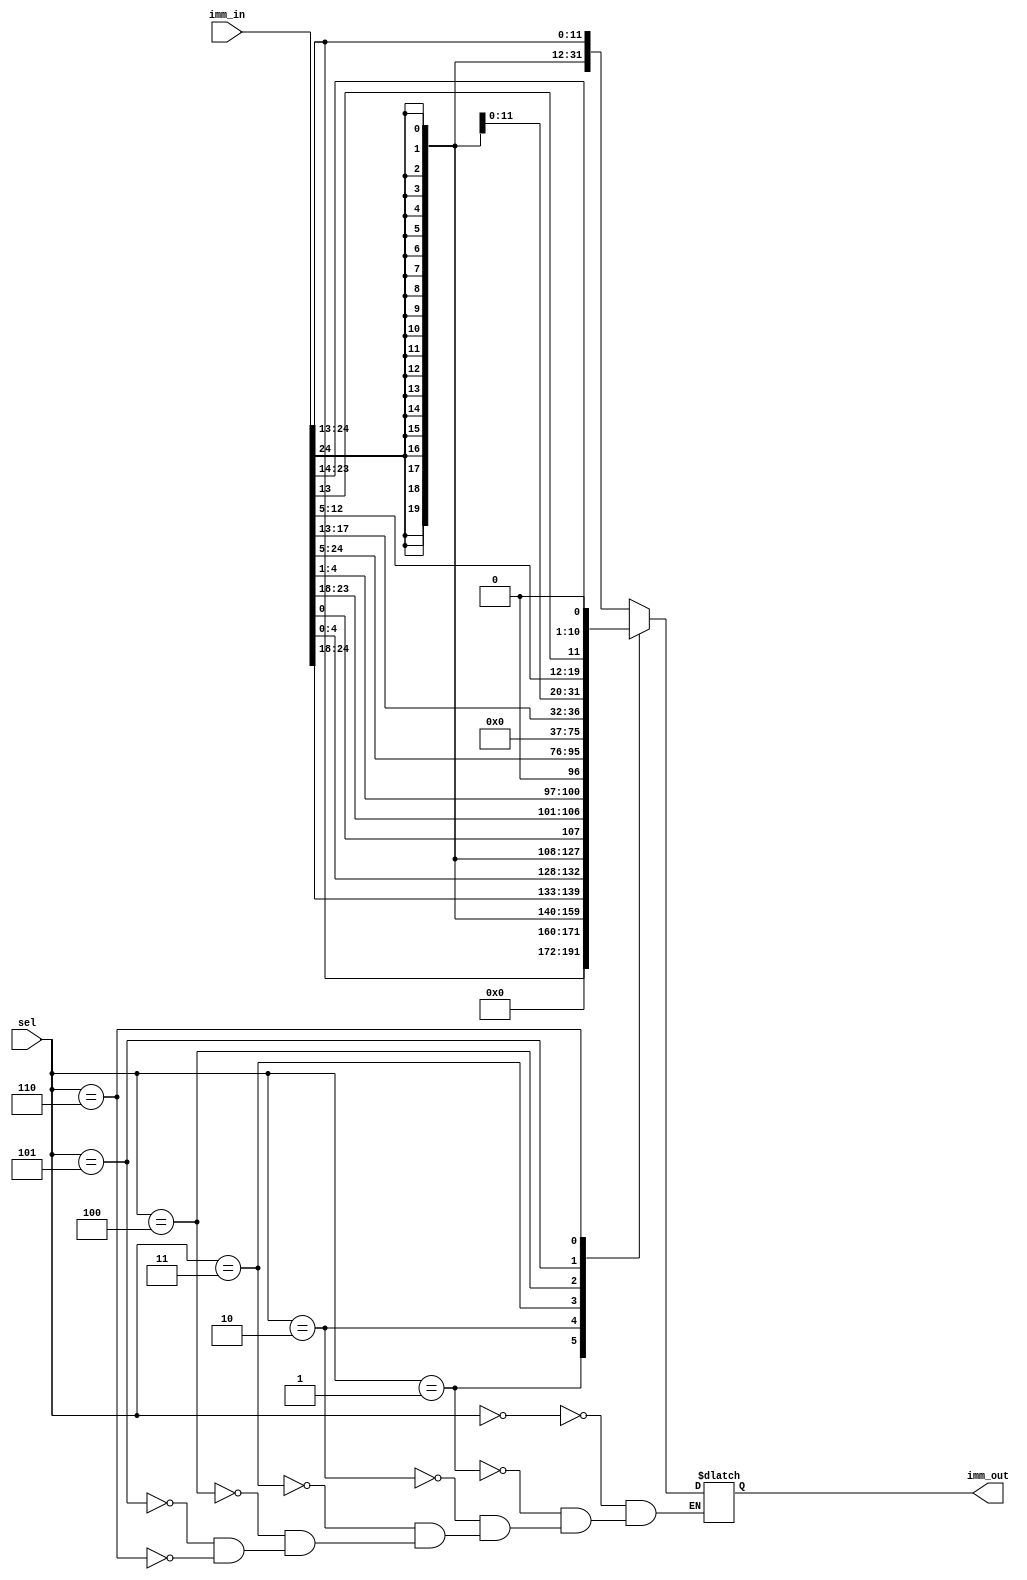
module ImmGen(imm_in, sel, imm_out);
input [24:0] imm_in;
input [2:0] sel;
output [31:0] imm_out;

reg [31:0] imm_out;

always @(*) begin
	case(sel)
	3'b000: imm_out <= {{20{imm_in[24]}}, imm_in[24:13]};
	3'b001: imm_out <= {20'd0, imm_in[24:13]};
	3'b010: imm_out <= {{20{imm_in[24]}}, imm_in[24:18], imm_in[4:0]};
	3'b011: imm_out <= {{19{imm_in[24]}}, imm_in[24], imm_in[0], imm_in[23:18], imm_in[4:1], 1'b0};
	3'b100: imm_out <= {imm_in[24:5], 12'd0};
	3'b101: imm_out <= {27'd0, imm_in[17:13]};
	3'b110: imm_out <= {{11{imm_in[24]}}, imm_in[24], imm_in[12:5], imm_in[13], imm_in[23:14], 1'b0};
	endcase
end
endmodule